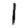
Digit: 1